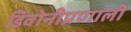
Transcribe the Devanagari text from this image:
डिवोनीप्रणाली